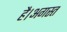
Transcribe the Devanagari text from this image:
है।अगस्त